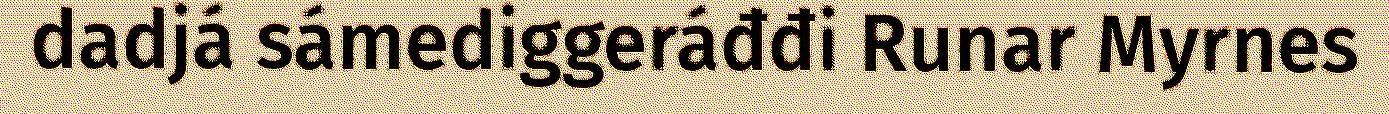
dadjá sámediggeráđđi Runar Myrnes